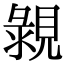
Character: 䚄